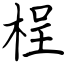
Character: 桯